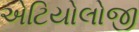
એટિયોલોજી